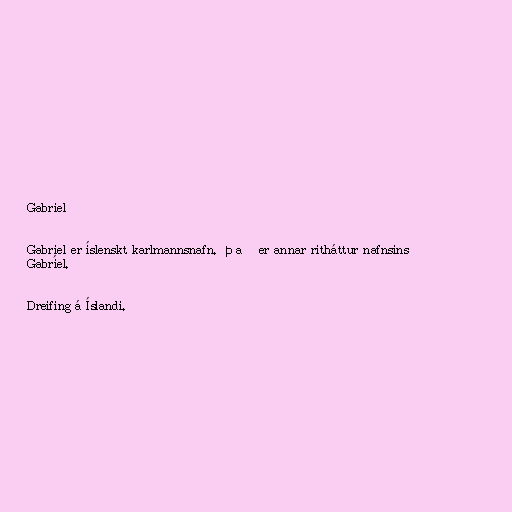
Gabriel

Gabriel er íslenskt karlmannsnafn. Það er annar ritháttur nafnsins
Gabríel.

Dreifing á Íslandi.